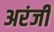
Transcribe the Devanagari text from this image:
अरंजी